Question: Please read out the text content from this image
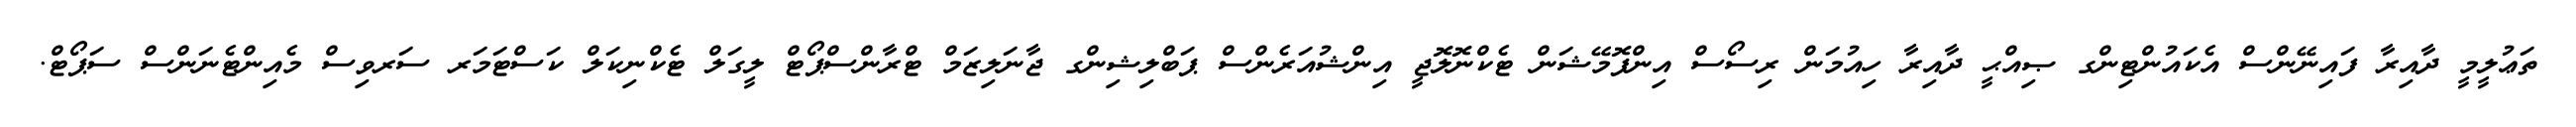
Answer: ތަޢުލީމީ ދާއިރާ ފައިނޭންސް އެކައުންޓިންގ ޞިއްޙީ ދާއިރާ ހިއުމަން ރިސޯސް އިންފޮމޭޝަން ޓެކްނޮލޮޖީ އިންޝުއަރެންސް ޕަބްލިޝިންގ ޖާނަލިޒަމް ޓްރާންސްޕޯޓް ލީގަލް ޓެކްނިކަލް ކަސްޓަމަރ ސަރވިސް މެއިންޓެނަންސް ސަޕޯޓް.